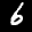
Label: 6